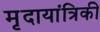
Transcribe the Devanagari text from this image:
मृदायांत्रिकी